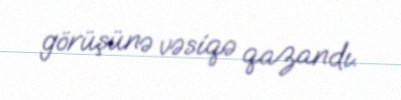
görüşünə vəsiqə qazandı.